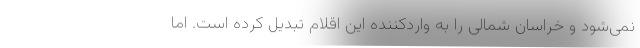
نمی‌شود و خراسان شمالی را به واردکننده این اقلام تبدیل کرده است. اما